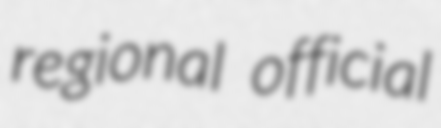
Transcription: regional official